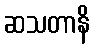
ဆသတာနိ